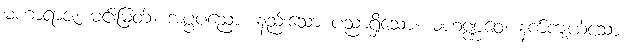
မဟာရာဇ၊ မင်းမြတ်။ အပ္ပပညော၊ နည်းသော ပညာရှိသော။ မဟဏ္ဏဝေ၊ နက်ကျယ်သော